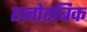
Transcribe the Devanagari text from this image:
एनोरबिक